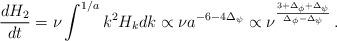
LaTeX: \begin{align*}{dH_2\over dt}=\nu\int\sp{1/a}k\sp2H_kdk\propto\nu a\sp{-6-4\Delta_\psi}\propto\nu\sp{3+\Delta_\phi+\Delta_\psi\over\Delta_\phi-\Delta_\psi}\,.\end{align*}